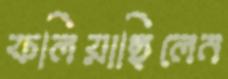
ফলিয়াছিলেন